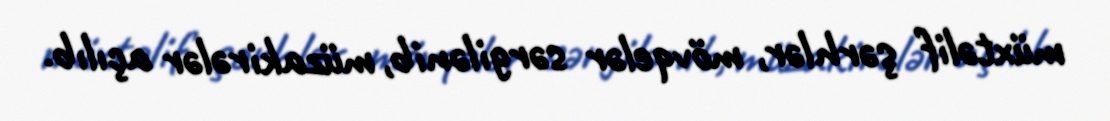
müxtəlif şərhlər, mövqelər sərgilənib, müzakirələr açılıb.